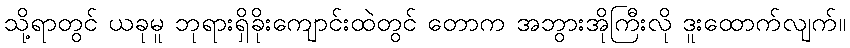
သို့ရာတွင် ယခုမူ ဘုရားရှိခိုးကျောင်းထဲတွင် တောက အဘွားအိုကြီးလို ဒူးထောက်လျက်။